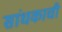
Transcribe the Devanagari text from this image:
सांधकाची